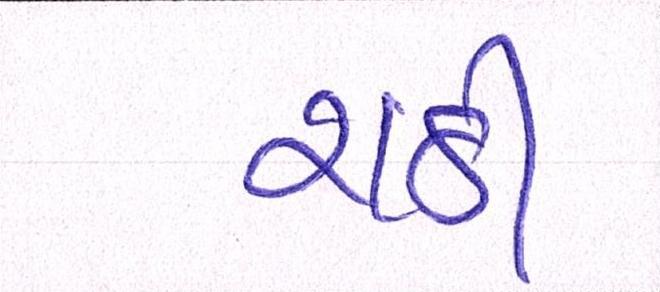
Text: રાઠી